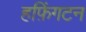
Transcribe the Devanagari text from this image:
हफ़िंगटन